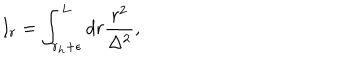
LaTeX: I _ { r } = \int _ { r _ { h } + \epsilon } ^ { L } d r \frac { r ^ { 2 } } { \Delta ^ { 2 } } ,